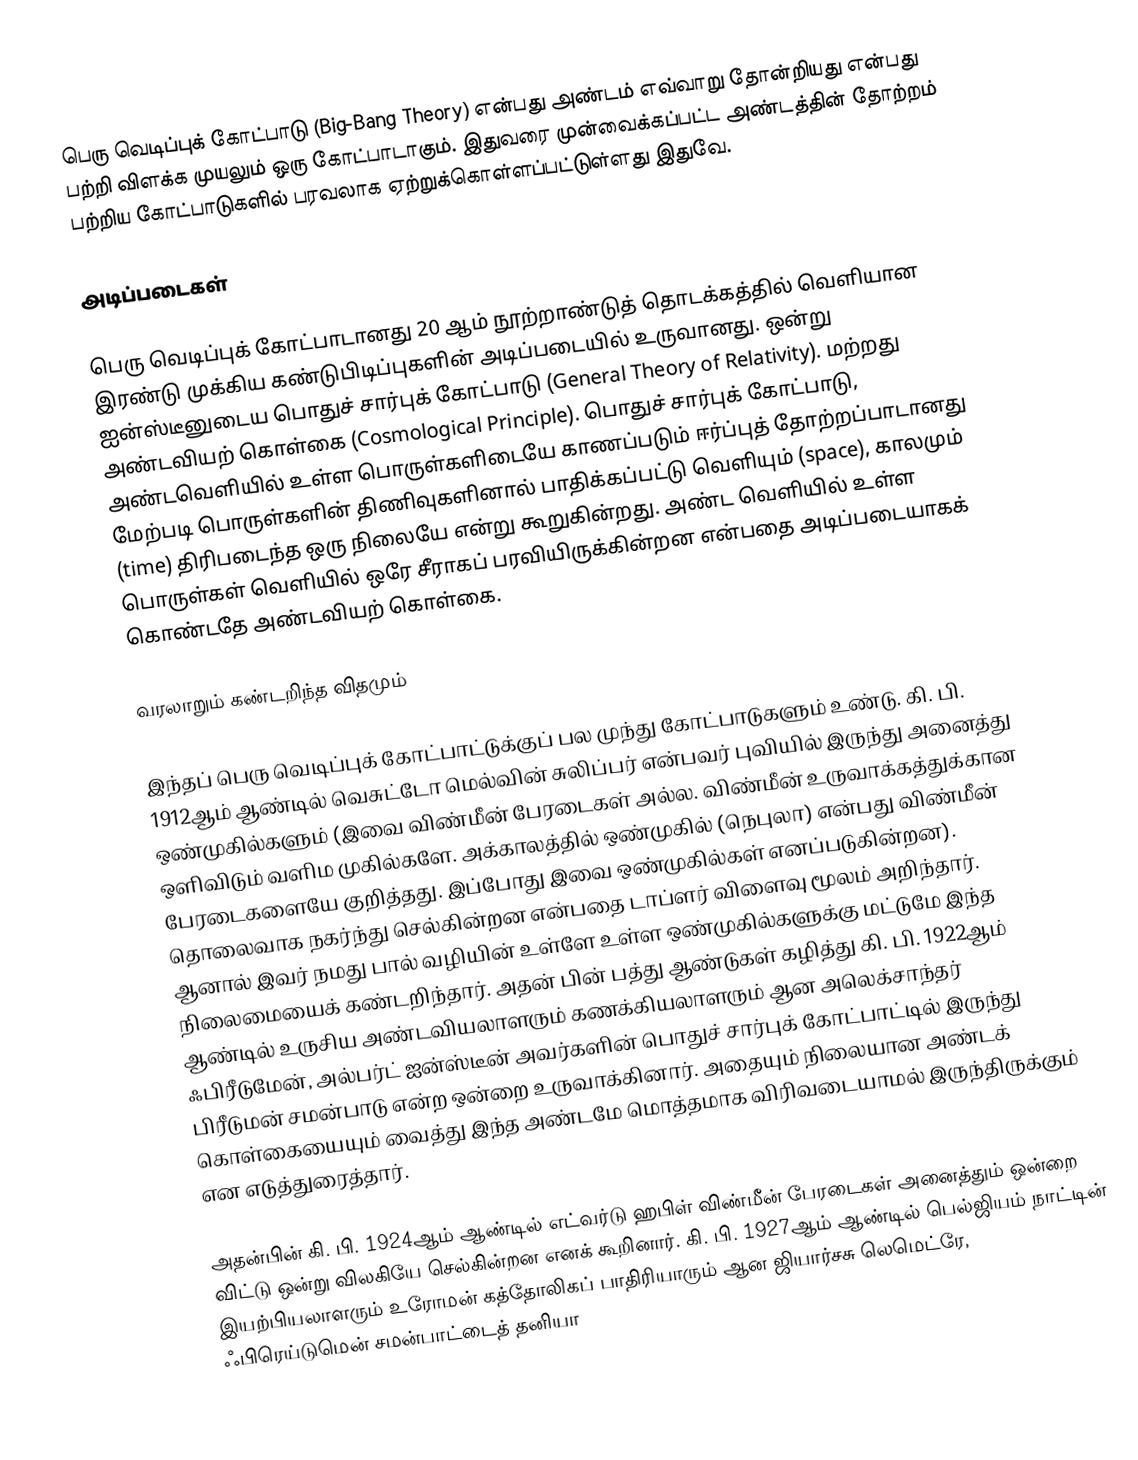
பெரு வெடிப்புக் கோட்பாடு (Big-Bang Theory) என்பது அண்டம் எவ்வாறு தோன்றியது என்பது பற்றி விளக்க முயலும் ஒரு கோட்பாடாகும். இதுவரை முன்வைக்கப்பட்ட அண்டத்தின் தோற்றம் பற்றிய கோட்பாடுகளில் பரவலாக ஏற்றுக்கொள்ளப்பட்டுள்ளது இதுவே.

அடிப்படைகள்

பெரு வெடிப்புக் கோட்பாடானது 20 ஆம் நூற்றாண்டுத் தொடக்கத்தில் வெளியான இரண்டு முக்கிய கண்டுபிடிப்புகளின் அடிப்படையில் உருவானது. ஒன்று ஐன்ஸ்டீனுடைய பொதுச் சார்புக் கோட்பாடு (General Theory of Relativity). மற்றது அண்டவியற் கொள்கை (Cosmological Principle). பொதுச் சார்புக் கோட்பாடு, அண்டவெளியில் உள்ள பொருள்களிடையே காணப்படும் ஈர்ப்புத் தோற்றப்பாடானது மேற்படி பொருள்களின் திணிவுகளினால் பாதிக்கப்பட்டு வெளியும் (space), காலமும் (time) திரிபடைந்த ஒரு நிலையே என்று கூறுகின்றது. அண்ட வெளியில் உள்ள பொருள்கள் வெளியில் ஒரே சீராகப் பரவியிருக்கின்றன என்பதை அடிப்படையாகக் கொண்டதே அண்டவியற் கொள்கை.

வரலாறும் கண்டறிந்த விதமும்

இந்தப் பெரு வெடிப்புக் கோட்பாட்டுக்குப் பல முந்து கோட்பாடுகளும் உண்டு. கி. பி. 1912ஆம் ஆண்டில் வெசுட்டோ மெல்வின் சுலிப்பர் என்பவர் புவியில் இருந்து அனைத்து ஒண்முகில்களும் (இவை விண்மீன் பேரடைகள் அல்ல. விண்மீன் உருவாக்கத்துக்கான ஒளிவிடும் வளிம முகில்களே. அக்காலத்தில் ஒண்முகில் (நெபுலா) என்பது விண்மீன் பேரடைகளையே  குறித்தது. இப்போது இவை ஒண்முகில்கள் எனப்படுகின்றன).  தொலைவாக நகர்ந்து செல்கின்றன என்பதை டாப்ளர் விளைவு மூலம் அறிந்தார். ஆனால் இவர் நமது பால் வழியின் உள்ளே உள்ள ஒண்முகில்களுக்கு மட்டுமே இந்த நிலைமையைக் கண்டறிந்தார். அதன் பின் பத்து ஆண்டுகள் கழித்து கி. பி. 1922ஆம் ஆண்டில் உருசிய அண்டவியலாளரும் கணக்கியலாளரும் ஆன அலெக்சாந்தர் ஃபிரீடுமேன், அல்பர்ட் ஐன்ஸ்டீன் அவர்களின் பொதுச் சார்புக் கோட்பாட்டில் இருந்து பிரீடுமன் சமன்பாடு என்ற ஒன்றை உருவாக்கினார். அதையும் நிலையான அண்டக் கொள்கையையும் வைத்து இந்த அண்டமே மொத்தமாக விரிவடையாமல் இருந்திருக்கும் என எடுத்துரைத்தார்.

அதன்பின் கி. பி. 1924ஆம் ஆண்டில் எட்வர்டு ஹபிள் விண்மீன் பேரடைகள் அனைத்தும் ஒன்றை விட்டு ஒன்று விலகியே செல்கின்றன எனக் கூறினார். கி. பி. 1927ஆம் ஆண்டில் பெல்ஜியம் நாட்டின் இயற்பியலாளரும் உரோமன் கத்தோலிகப் பாதிரியாரும் ஆன ஜியார்சசு லெமெட்ரே, ஃபிரெய்டுமென் சமன்பாட்டைத் தனியா